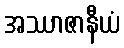
အဿာဇာနီယံ